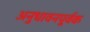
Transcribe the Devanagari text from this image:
अनुधावनपूर्वक